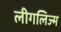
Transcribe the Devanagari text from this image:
लीगलिज्म